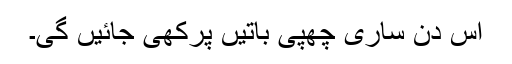
اس دن ساری چھپی باتیں پرکھی جائیں گی۔